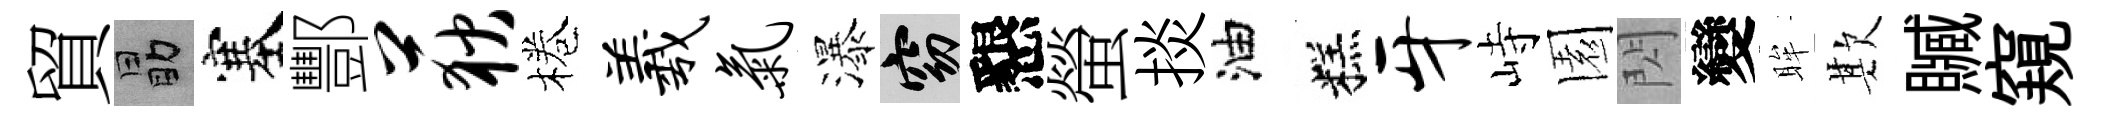
貿勗塞酆荻棬羲气瀑窈懇螢掞油糕牙峙園閃變眸欺贓窺